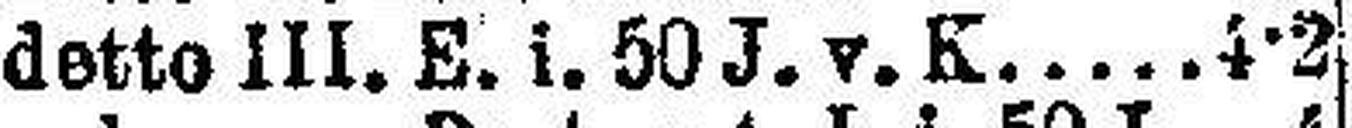
detto III. E. i. 50 J. v.K. 4½